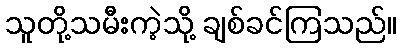
သူတို့သမီးကဲ့သို့ ချစ်ခင်ကြသည်။